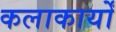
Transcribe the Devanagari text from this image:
कलाकार्यों